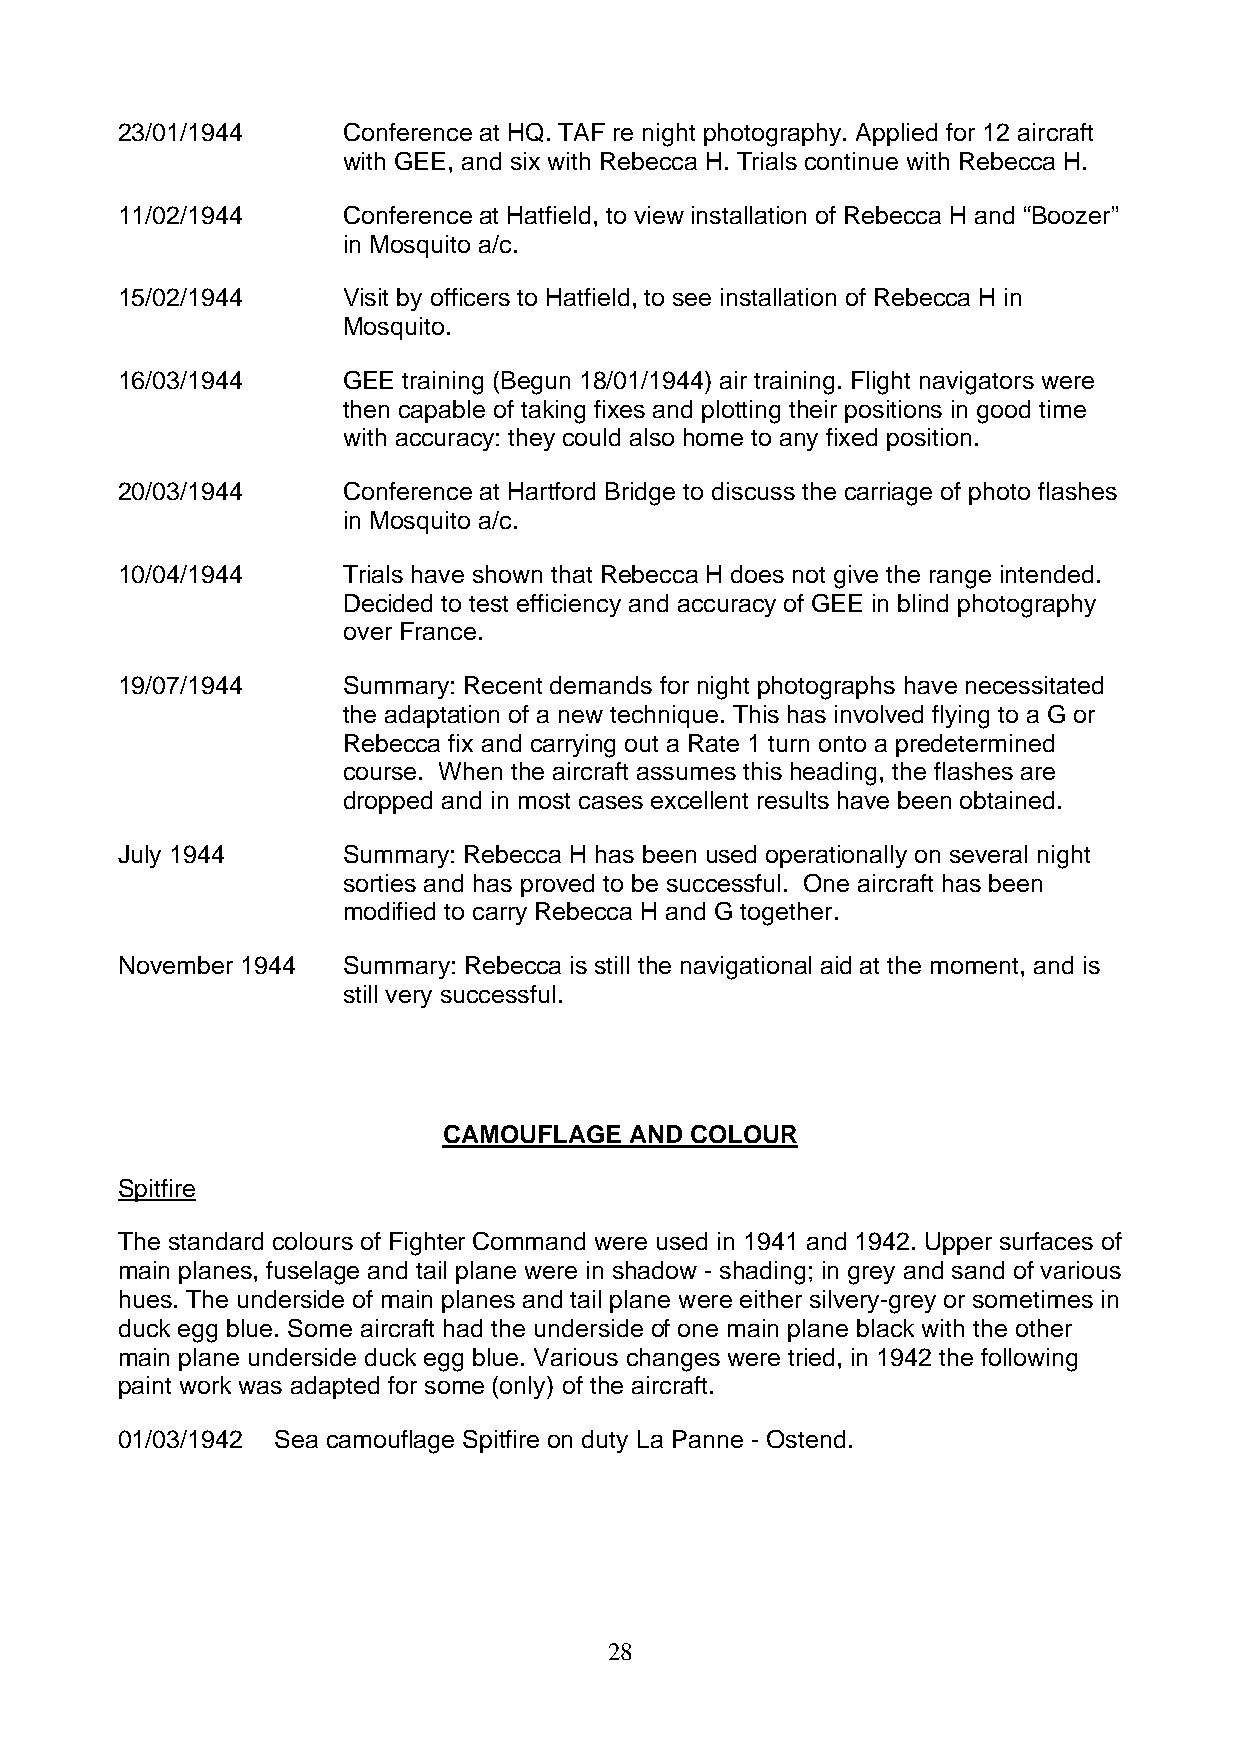
23/01/1944     Conference at HQ. TAF re night photography. Applied for 12 aircraft
 with GEE, and six with Rebecca H. Trials continue with Rebecca H.
 11/02/1944     Conference at Hatfield, to view installation of Rebecca H and “Boozer”
 in Mosquito a/c.
 15/02/1944     Visit by officers to Hatfield, to see installation of Rebecca H in
 Mosquito.
 16/03/1944     GEE training (Begun 18/01/1944) air training. Flight navigators were
 then capable of taking fixes and plotting their positions in good time
 with accuracy: they could also home to any fixed position.
 20/03/1944     Conference at Hartford Bridge to discuss the carriage of photo flashes
 in Mosquito a/c.
 10/04/1944     Trials have shown that Rebecca H does not give the range intended.
 Decided to test efficiency and accuracy of GEE in blind photography
 over France.
 19/07/1944     Summary: Recent demands for night photographs have necessitated
 the adaptation of a new technique. This has involved flying to a G or
 Rebecca fix and carrying out a Rate 1 turn onto a predetermined
 course. When the aircraft assumes this heading, the flashes are
 dropped and in most cases excellent results have been obtained.
 July 1944      Summary: Rebecca H has been used operationally on several night
 sorties and has proved to be successful. One aircraft has been
 modified to carry Rebecca H and G together.
 November 1944  Summary: Rebecca is still the navigational aid at the moment, and is
 still very successful.
 CAMOUFLAGE   AND COLOUR
 Spitfire
 The standard colours of Fighter Command were used in 1941 and 1942. Upper surfaces of
 main planes, fuselage and tail plane were in shadow - shading; in grey and sand of various
 hues. The underside of main planes and tail plane were either silvery-grey or sometimes in
 duck egg blue. Some aircraft had the underside of one main plane black with the other
 main plane underside duck egg blue. Various changes were tried, in 1942 the following
 paint work was adapted for some (only) of the aircraft.
 01/03/1942 Sea camouflage Spitfire on duty La Panne - Ostend.
 28